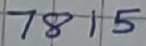
Text: 7815